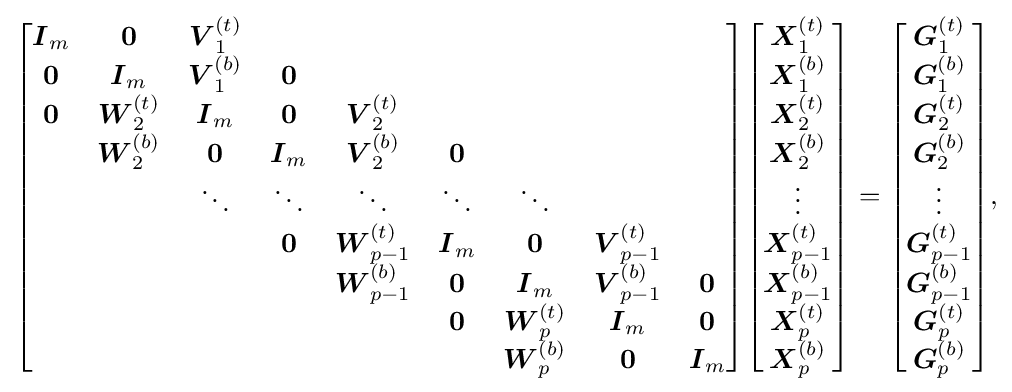
{\begin{bmatrix}{\boldsymbol {I}}_{m}&{\boldsymbol {0}}&{\boldsymbol {V}}_{1}^{(t)}\\{\boldsymbol {0}}&{\boldsymbol {I}}_{m}&{\boldsymbol {V}}_{1}^{(b)}&{\boldsymbol {0}}\\{\boldsymbol {0}}&{\boldsymbol {W}}_{2}^{(t)}&{\boldsymbol {I}}_{m}&{\boldsymbol {0}}&{\boldsymbol {V}}_{2}^{(t)}\\&{\boldsymbol {W}}_{2}^{(b)}&{\boldsymbol {0}}&{\boldsymbol {I}}_{m}&{\boldsymbol {V}}_{2}^{(b)}&{\boldsymbol {0}}\\&&\ddots &\ddots &\ddots &\ddots &\ddots \\&&&{\boldsymbol {0}}&{\boldsymbol {W}}_{p-1}^{(t)}&{\boldsymbol {I}}_{m}&{\boldsymbol {0}}&{\boldsymbol {V}}_{p-1}^{(t)}\\&&&&{\boldsymbol {W}}_{p-1}^{(b)}&{\boldsymbol {0}}&{\boldsymbol {I}}_{m}&{\boldsymbol {V}}_{p-1}^{(b)}&{\boldsymbol {0}}\\&&&&&{\boldsymbol {0}}&{\boldsymbol {W}}_{p}^{(t)}&{\boldsymbol {I}}_{m}&{\boldsymbol {0}}\\&&&&&&{\boldsymbol {W}}_{p}^{(b)}&{\boldsymbol {0}}&{\boldsymbol {I}}_{m}\end{bmatrix}}{\begin{bmatrix}{\boldsymbol {X}}_{1}^{(t)}\\{\boldsymbol {X}}_{1}^{(b)}\\{\boldsymbol {X}}_{2}^{(t)}\\{\boldsymbol {X}}_{2}^{(b)}\\\vdots \\{\boldsymbol {X}}_{p-1}^{(t)}\\{\boldsymbol {X}}_{p-1}^{(b)}\\{\boldsymbol {X}}_{p}^{(t)}\\{\boldsymbol {X}}_{p}^{(b)}\end{bmatrix}}={\begin{bmatrix}{\boldsymbol {G}}_{1}^{(t)}\\{\boldsymbol {G}}_{1}^{(b)}\\{\boldsymbol {G}}_{2}^{(t)}\\{\boldsymbol {G}}_{2}^{(b)}\\\vdots \\{\boldsymbol {G}}_{p-1}^{(t)}\\{\boldsymbol {G}}_{p-1}^{(b)}\\{\boldsymbol {G}}_{p}^{(t)}\\{\boldsymbol {G}}_{p}^{(b)}\end{bmatrix}}{\text{,}}